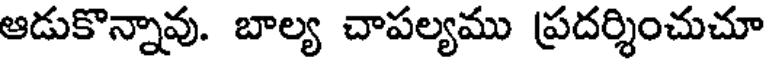
ఆడుకొన్నావు. బాల్య చాపల్యము ప్రదర్శించుచూ